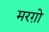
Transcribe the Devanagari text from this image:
मरग़ो